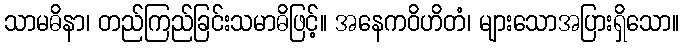
သာမဓိနာ၊ တည်ကြည်ခြင်းသမာဓိဖြင့်။ အနေကဝိဟိတံ၊ များသောအပြားရှိသော။